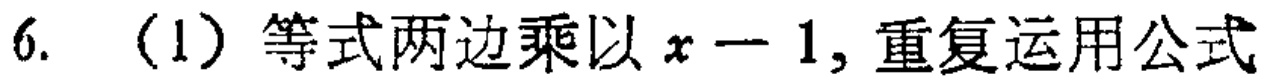
6. (1) 等式两边乘以 \(x - 1\), 重复运用公式